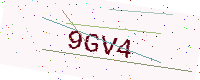
Text: 9GV4